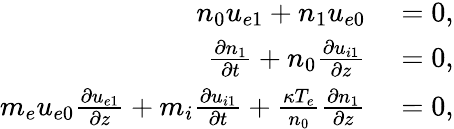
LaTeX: \begin{array}{rl}{n_{0}u_{e1}+n_{1}u_{e0}}&{{}=0,}\\ {\frac{\partial n_{1}}{\partial t}+n_{0}\frac{\partial u_{i1}}{\partial z}}&{{}=0,}\\ {m_{e}u_{e0}\frac{\partial u_{e1}}{\partial z}+m_{i}\frac{\partial u_{i1}}{\partial t}+\frac{\kappa T_{e}}{n_{0}}\frac{\partial n_{1}}{\partial z}}&{{}=0,}\end{array}